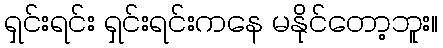
ရှင်းရင်း ရှင်းရင်းကနေ မနိုင်တော့ဘူး။